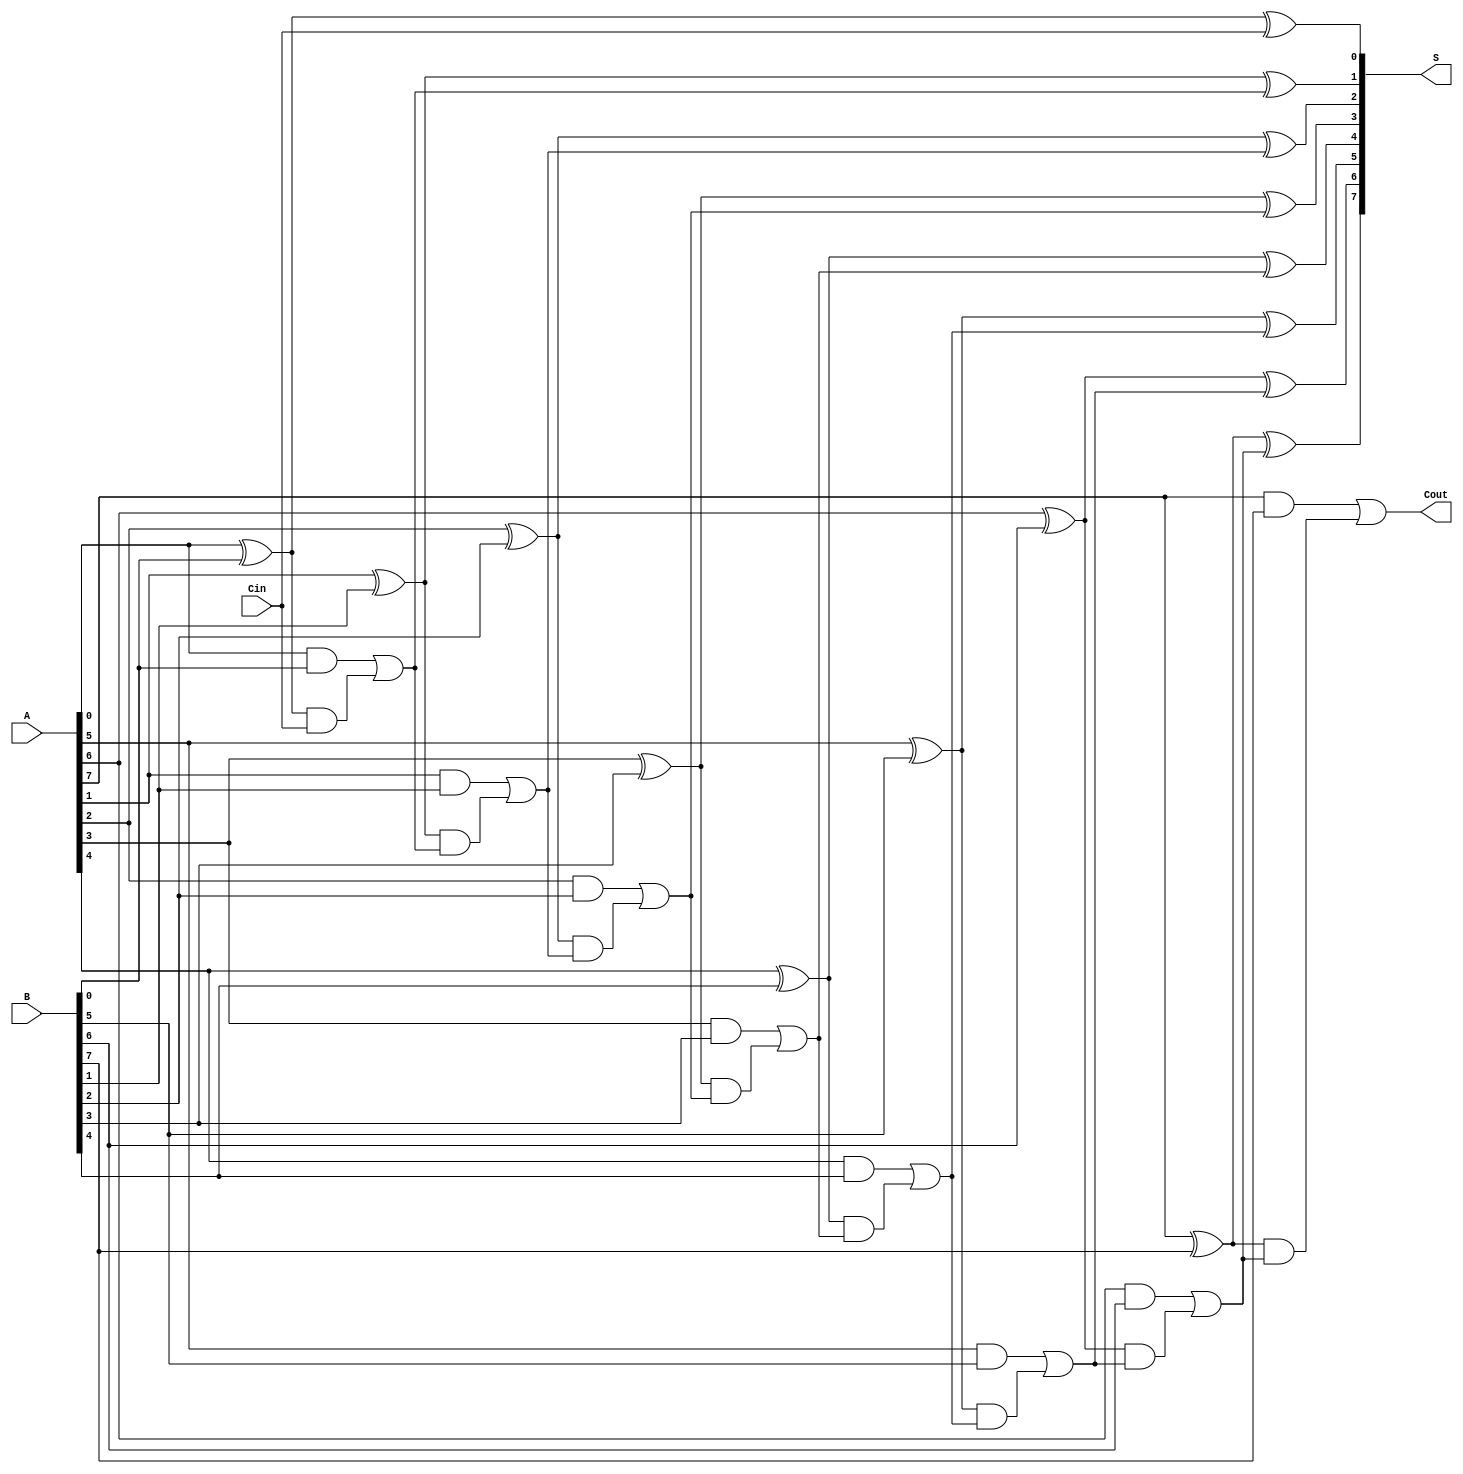
module han_carlson_adder #(parameter n = 8) (
    input  [n-1:0] A,     // First n-bit input
    input  [n-1:0] B,     // Second n-bit input
    input          Cin,    // Carry-in
    output [n-1:0] S,     // Sum output
    output         Cout     // Carry-out
);

    wire [n-1:0] G;       // Generate signals
    wire [n-1:0] P;       // Propagate signals
    wire [n:0] C;         // Carry signals (C[0] = Cin)

    // Generate and Propagate calculations
    genvar i;
    generate
        for (i = 0; i < n; i = i + 1) begin: gen_and_prop
            assign G[i] = A[i] & B[i];        // Generate
            assign P[i] = A[i] ^ B[i];        // Propagate
        end
    endgenerate

    // Carry Generation using Lookahead Logic
    assign C[0] = Cin;  // C0 is Cin

    generate
        for (i = 1; i <= n; i = i + 1) begin: carry_gen
            assign C[i] = G[i-1] | (P[i-1] & C[i-1]); // Ci generation
        end
    endgenerate

    // Sum computation
    generate
        for (i = 0; i < n; i = i + 1) begin: sum_compute
            assign S[i] = P[i] ^ C[i]; // Sum bits
        end
    endgenerate

    // Carry out
    assign Cout = C[n]; // The final carry out

endmodule